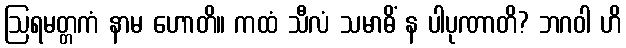
ဩရမတ္တကံ နာမ ဟောတိ။ ကထံ သီလံ သမာဓိံ န ပါပုဏာတိ? ဘဂဝါ ဟိ